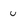
Character: u